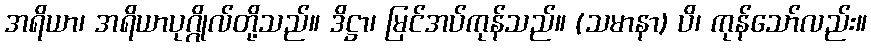
အရိယာ၊ အရိယာပုဂ္ဂိုလ်တို့သည်။ ဒိဋ္ဌာ၊ မြင်အပ်ကုန်သည်။ (သမာနာ) ပိ၊ ကုန်သော်လည်း။